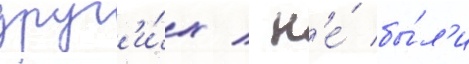
друг'и́х / н'е́ бы́л'и